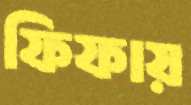
ফিফায়